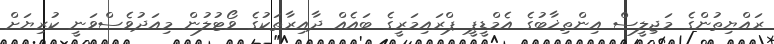
ރައްޔިތުންގެ މަޖިލީސް އިންތިޚާބުގެ އެމްޑީޕީ ޕްރައިމަރީގެ ބައެއް ދާއިރާތަކުގެ ވޯޓުލުން މިއަދުވެސްވަނީ ކުރިޔަށް